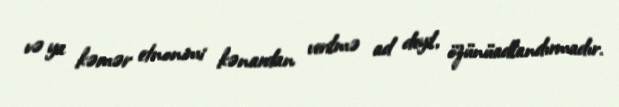
və ya kəmər etnonimi kənardan verilmə ad deyil, özünüadlandırmadır.